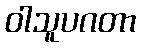
ဝါသူပဂတာ